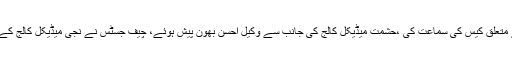
تفصیلات کے مطابق چیف جسٹس ثاقب نثار کی سربراہی میں 3 رکنی بنچ نے میڈیکل کالجز میں داخلے سے متعلق کیس کی سماعت کی ،حشمت میڈیکل کالج کی جانب سے وکیل احسن بھون پیش ہوئے، چیف جسٹس نے نجی میڈیکل کالج کے وکیل سے مکالمہ کرتے ہوئے کہا کہ بھون صاحب آپ کوجج بنادیاتورپورٹ میڈیکل کالج کیخلاف دیں گے۔